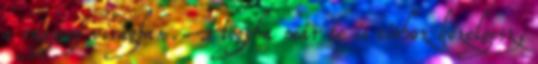
a ragyogó virágban. Hogyha már te is sírhoz közelgesz,